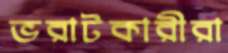
ভরাটকারীরা